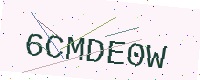
Text: 6CMDE0W